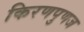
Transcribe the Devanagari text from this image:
किरणपुणज